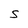
Character: S